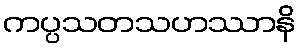
ကပ္ပသတသဟဿာနိ